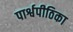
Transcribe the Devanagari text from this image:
पार्श्वपीठिका